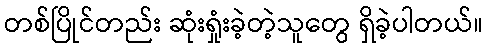
တစ်ပြိုင်တည်း ဆုံးရှုံးခဲ့တဲ့သူတွေ ရှိခဲ့ပါတယ်။